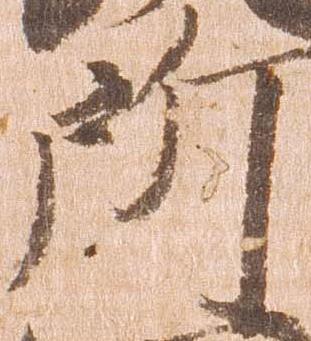
所